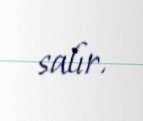
salır.